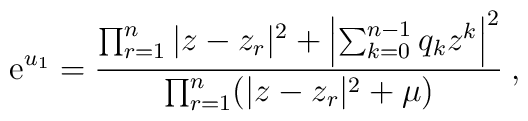
{\rm e}^{u_1} = {\prod_{r=1}^n |z-z_r|^2 +       \left|\sum_{k=0}^{n-1} q_k z^k \right|^2       \over \prod_{r=1}^n  (|z-z_r|^2 + \mu)} \> ,